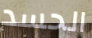
الحسد